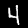
Digit: 4